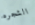
الشجره